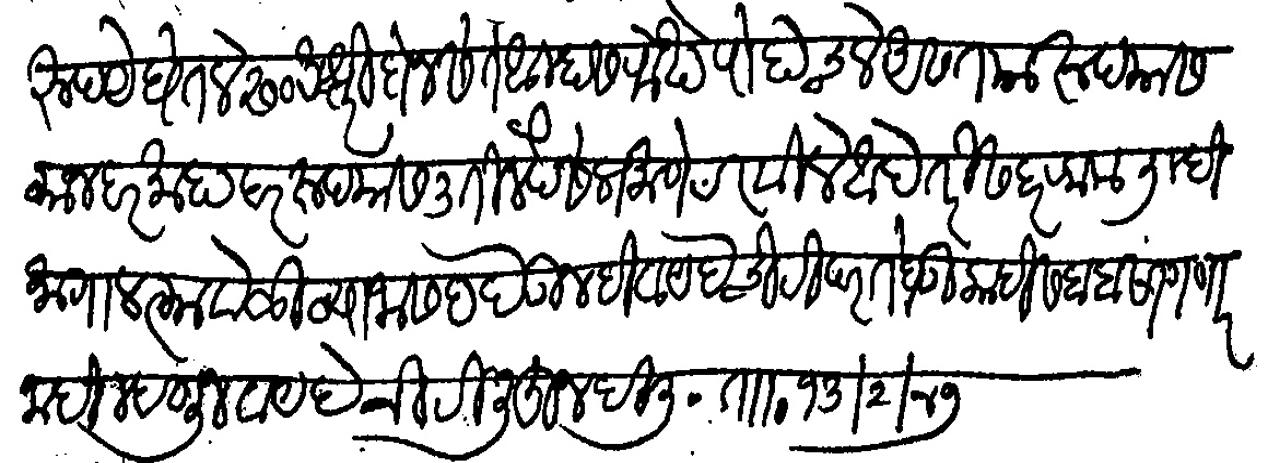
Transliteration (Devanagari): रुपये घेतले २०० अक्षरी रुपये दोनशे ते आम्हास रोख पोचले असेत या रुपयास व्याज दर माहा दर रुपयास ३ तीन पैसे प्रमाणे ठरविले आहे तरी सदर रक्कम तुम्ही मागाल त्यावेळी व्याजासह देऊन ही वायदे चिठी परत घेऊ काही सबब सांगणार नाही म्हणून वायदे चिठी लिहून दिली ताा १३/२/४७